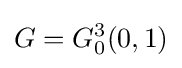
G=G_{0}^{3}(0,1)